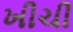
ખીચી